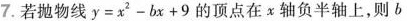
7.若抛物线$$y = x ^ { 2 } - b x + 9$$的顶点在x轴负半轴上，则b